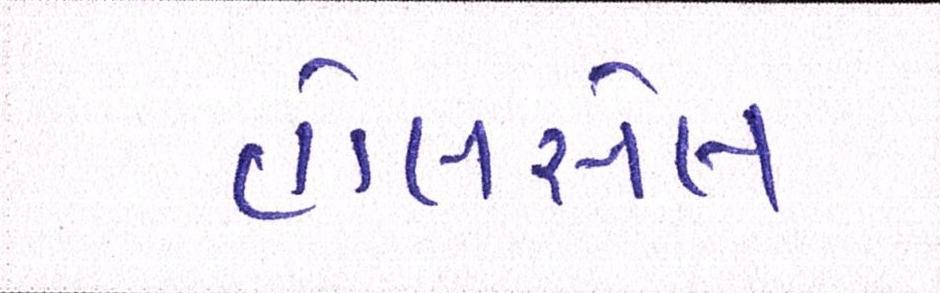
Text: હોલસેલ